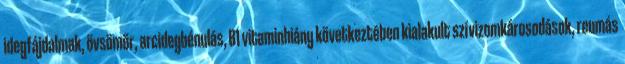
idegfájdalmak, övsömör, arcidegbénulás, B1 vitaminhiány következtében kialakult szívizomkárosodások, reumás